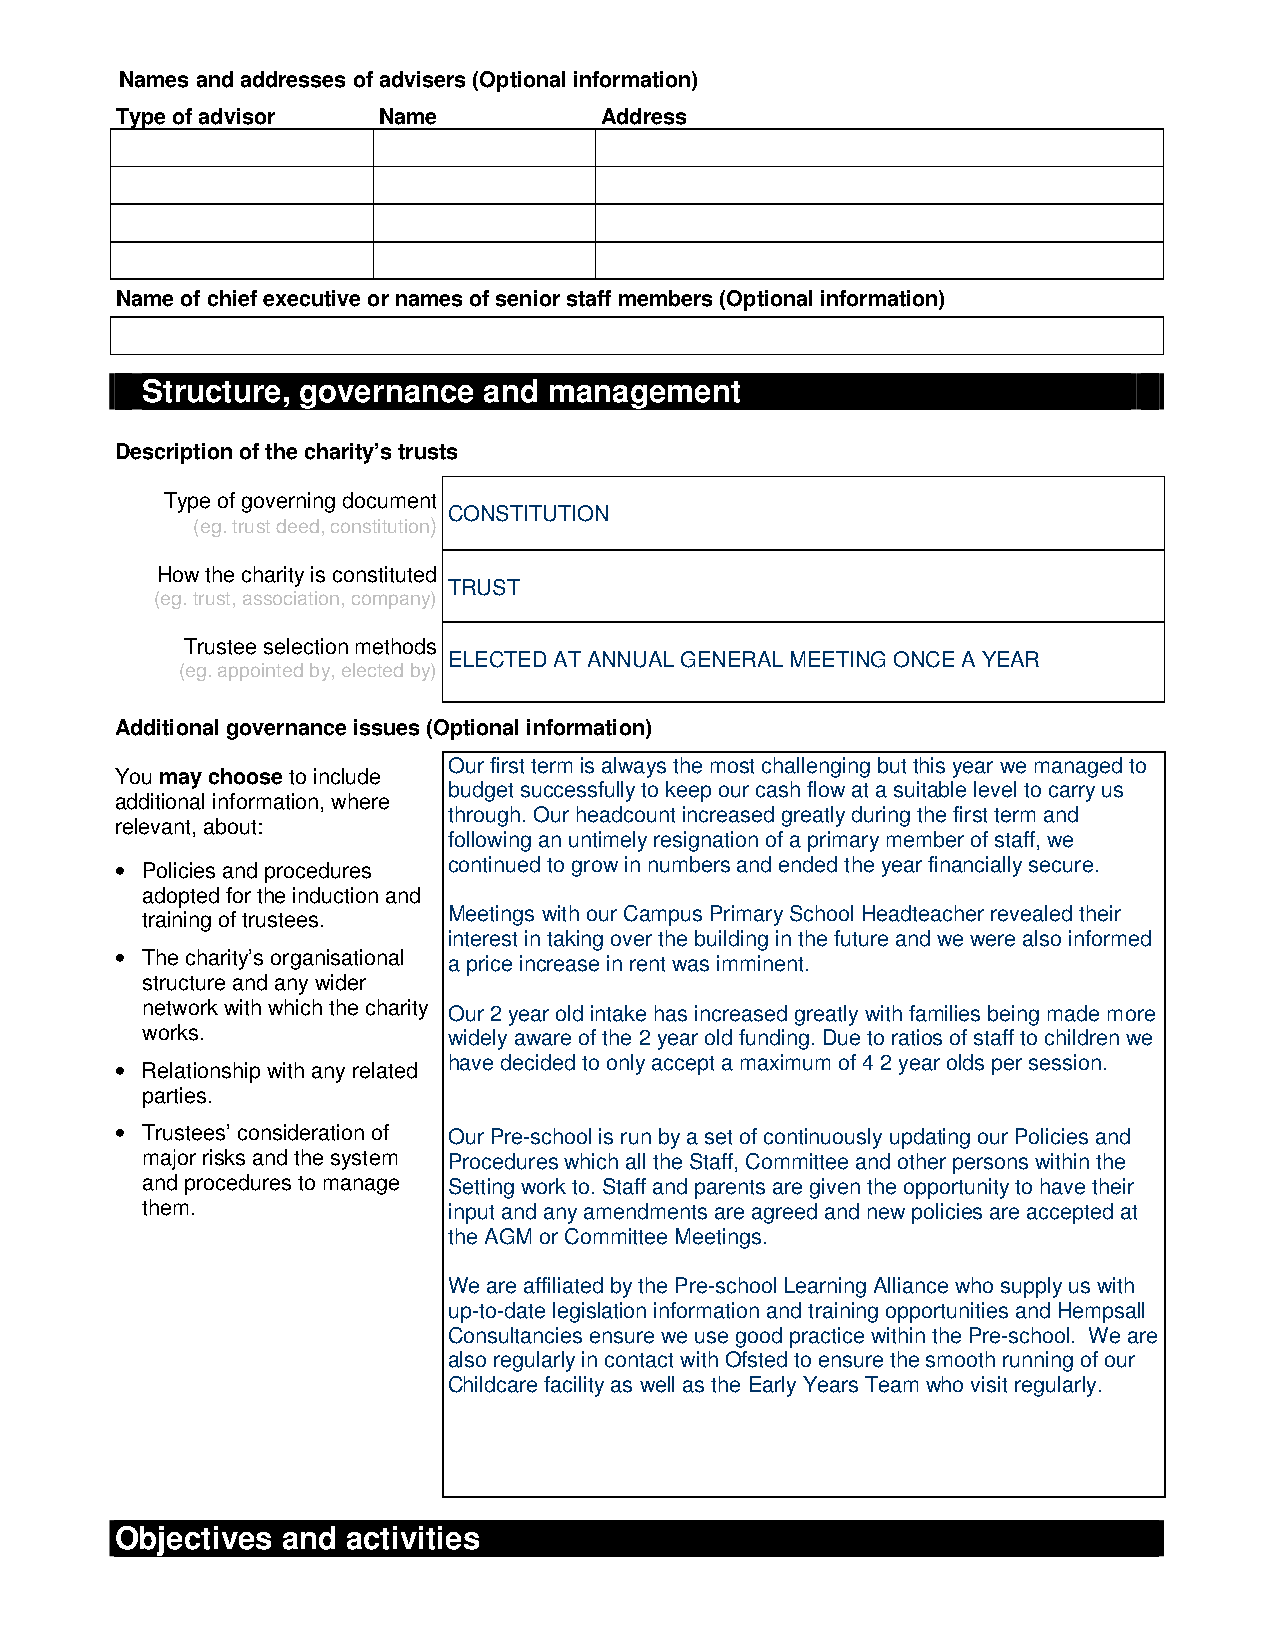
Names and addresses of advisers (Optional information)
 Type of advisor  Name           Address
 Name of chief executive or names of senior staff members (Optional information)
 Structure, governance  and management
 Description of the charity’s trusts
 Type of governing document
 CONSTITUTION
 (eg. trust deed, constitution)
 How the charity is constituted
 TRUST
 (eg. trust, association, company)
 Trustee selection methods
 ELECTED AT ANNUAL GENERAL MEETING ONCE A YEAR
 (eg. appointed by, elected by)
 Additional governance issues (Optional information)
 Our first term is always the most challenging but this year we managed to
 You may choose to include
 budget successfully to keep our cash flow at a suitable level to carry us
 additional information, where
 through. Our headcount increased greatly during the first term and
 relevant, about:
 following an untimely resignation of a primary member of staff, we
 • Policies and procedures continued to grow in numbers and ended the year financially secure.
 adopted for the induction and
 training of trustees. Meetings with our Campus Primary School Headteacher revealed their
 interest in taking over the building in the future and we were also informed
 • The charity’s organisational a price increase in rent was imminent.
 structure and any wider
 network with which the charity Our 2 year old intake has increased greatly with families being made more
 works.               widely aware of the 2 year old funding. Due to ratios of staff to children we
 • Relationship with any related have decided to only accept a maximum of 4 2 year olds per session.
 parties.
 • Trustees’ consideration of Our Pre-school is run by a set of continuously updating our Policies and
 major risks and the system Procedures which all the Staff, Committee and other persons within the
 and procedures to manage Setting work to. Staff and parents are given the opportunity to have their
 them.                input and any amendments are agreed and new policies are accepted at
 the AGM or Committee Meetings.
 We are affiliated by the Pre-school Learning Alliance who supply us with
 up-to-date legislation information and training opportunities and Hempsall
 Consultancies ensure we use good practice within the Pre-school. We are
 also regularly in contact with Ofsted to ensure the smooth running of our
 Childcare facility as well as the Early Years Team who visit regularly.
 Objectives and activities